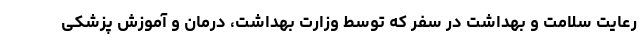
رعایت سلامت و بهداشت در سفر که توسط وزارت بهداشت، درمان و آموزش پزشکی